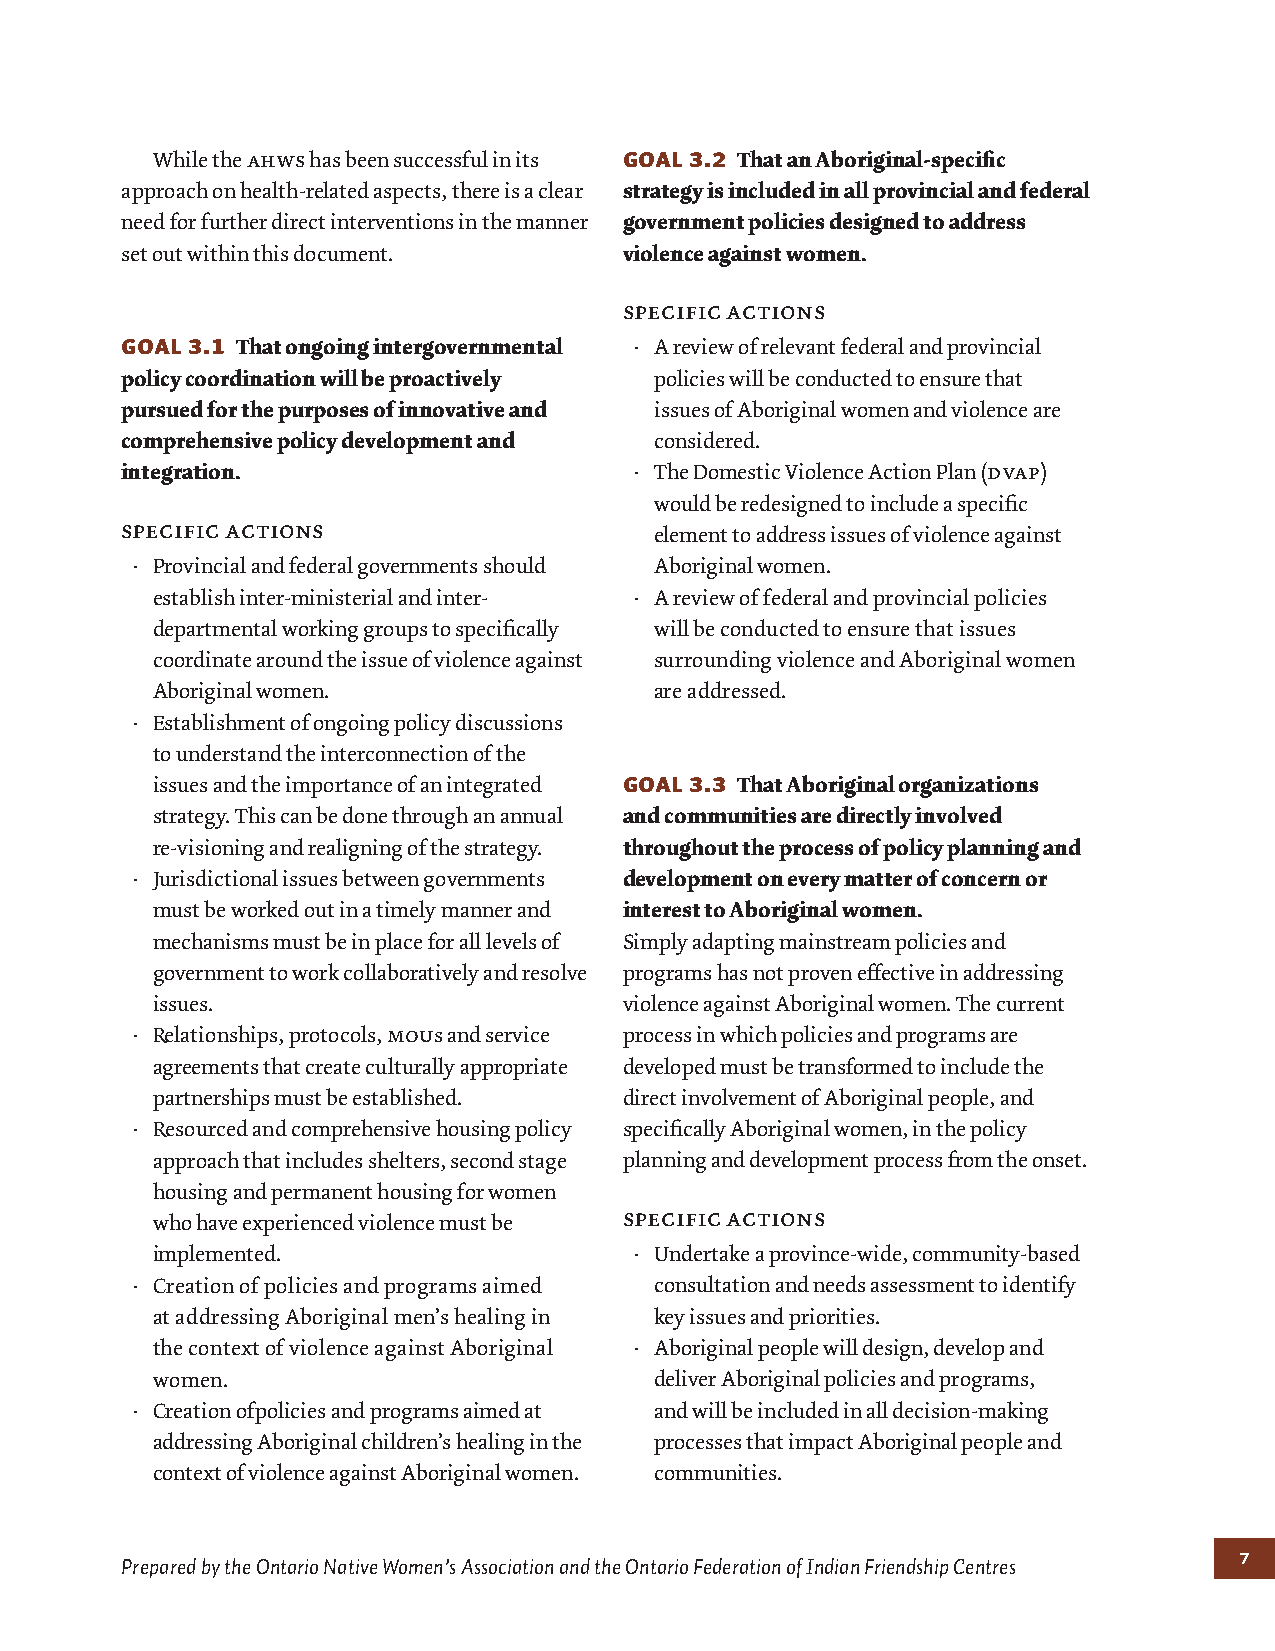
While the ahws has been successful in its Goal 3.2 That an Aboriginal-specific
 approach on health-related aspects, there is a clear strategy is included in all provincial and federal
 need for further direct interventions in the manner government policies designed to address
 set out within this document.    violence against women.
 specific actions
 Goal 3.1 That ongoing intergovernmental · A review of relevant federal and provincial
 policy coordination will be proactively policies will be conducted to ensure that
 pursued for the purposes of innovative and issues of Aboriginal women and violence are
 comprehensive policy development and considered.
 integration.                      · The Domestic Violence Action Plan (dvap)
 would be redesigned to include a specific
 specific actions
 element to address issues of violence against
 · Provincial and federal governments should Aboriginal women.
 establish inter-ministerial and inter- · A review of federal and provincial policies
 departmental working groups to specifically will be conducted to ensure that issues
 coordinate around the issue of violence against surrounding violence and Aboriginal women
 Aboriginal women.                are addressed.
 · Establishment of ongoing policy discussions
 to understand the interconnection of the
 issues and the importance of an integrated Goal 3.3 That Aboriginal organizations
 strategy. This can be done through an annual and communities are directly involved
 re-visioning and realigning of the strategy. throughout the process of policy planning and
 · Jurisdictional issues between governments development on every matter of concern or
 must be worked out in a timely manner and interest to Aboriginal women.
 mechanisms must be in place for all levels of Simply adapting mainstream policies and
 government to work collaboratively and resolve programs has not proven effective in addressing
 issues.                        violence against Aboriginal women. The current
 · Relationships, protocols, mous and service process in which policies and programs are
 agreements that create culturally appropriate developed must be transformed to include the
 partnerships must be established. direct involvement of Aboriginal people, and
 · Resourced and comprehensive housing policy specifically Aboriginal women, in the policy
 approach that includes shelters, second stage planning and development process from the onset.
 housing and permanent housing for women
 specific actions
 who have experienced violence must be
 implemented.                    · Undertake a province-wide, community-based
 · Creation of policies and programs aimed consultation and needs assessment to identify
 at addressing Aboriginal men’s healing in key issues and priorities.
 the context of violence against Aboriginal · Aboriginal people will design, develop and
 women.                           deliver Aboriginal policies and programs,
 · Creation ofpolicies and programs aimed at and will be included in all decision-making
 addressing Aboriginal children’s healing in the processes that impact Aboriginal people and
 context of violence against Aboriginal women. communities.
 7
 Prepared by the Ontario Native Women’s Association and the Ontario Federation of Indian Friendship Centres